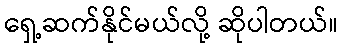
ရှေ့ဆက်နိုင်မယ်လို့ ဆိုပါတယ်။